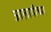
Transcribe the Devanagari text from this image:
आलापीच्या